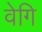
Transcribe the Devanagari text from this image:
वेगि